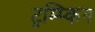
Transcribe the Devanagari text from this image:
ट्रम्प्किन